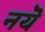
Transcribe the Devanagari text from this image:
नयॆ